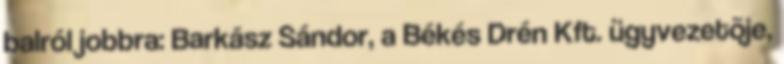
balról jobbra: Barkász Sándor, a Békés Drén Kft. ügyvezetõje,